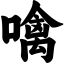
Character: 噙